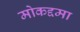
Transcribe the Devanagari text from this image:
मोकद्दमा